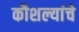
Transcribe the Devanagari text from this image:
कौशल्यांचे